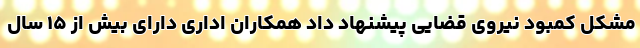
مشکل کمبود نیروی قضایی پیشنهاد داد همکاران اداری دارای بیش از ۱۵ سال